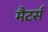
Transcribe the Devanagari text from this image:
मैटर्स